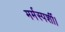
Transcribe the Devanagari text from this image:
मर्मस्पर्शी।